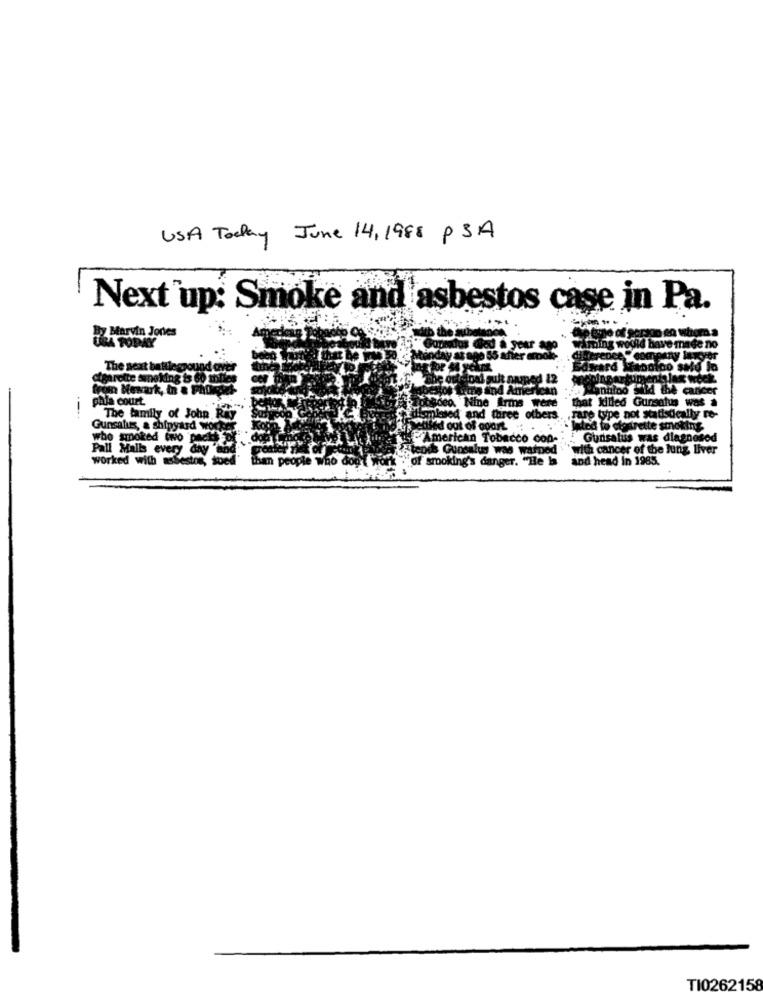
USA Today June 14, 1988 PSA
Next up: Smoke and asbestos case in Pa.
b the
Dy Marvin Jones
USA TODAY
Aming would have made no
Ay A3 800 55 ani
The next battleground ca
Saward Mandino sete lo
Cigarette smoking is 60 miles
d 12
from Newark, in & PhOR
Yume and American
Mannino Fuld the canice
pala court
ogdeo. Nine Arms
that killed Gunsatus was
The family of John Riy
lesed and three other
.rare type not statistically re-
Gunsalus, a shipyard Workes
lated to ctostrette smoking
who smoked two pack DE
American Tobacco con-
: Gunsalus was diagnosed
Pall Malls every day "and
fatends Guosalus was warned
with cancer of the lung liver
worked with asbestos, soed
""of smoking's danger.
and head in 1985.
TI0262158